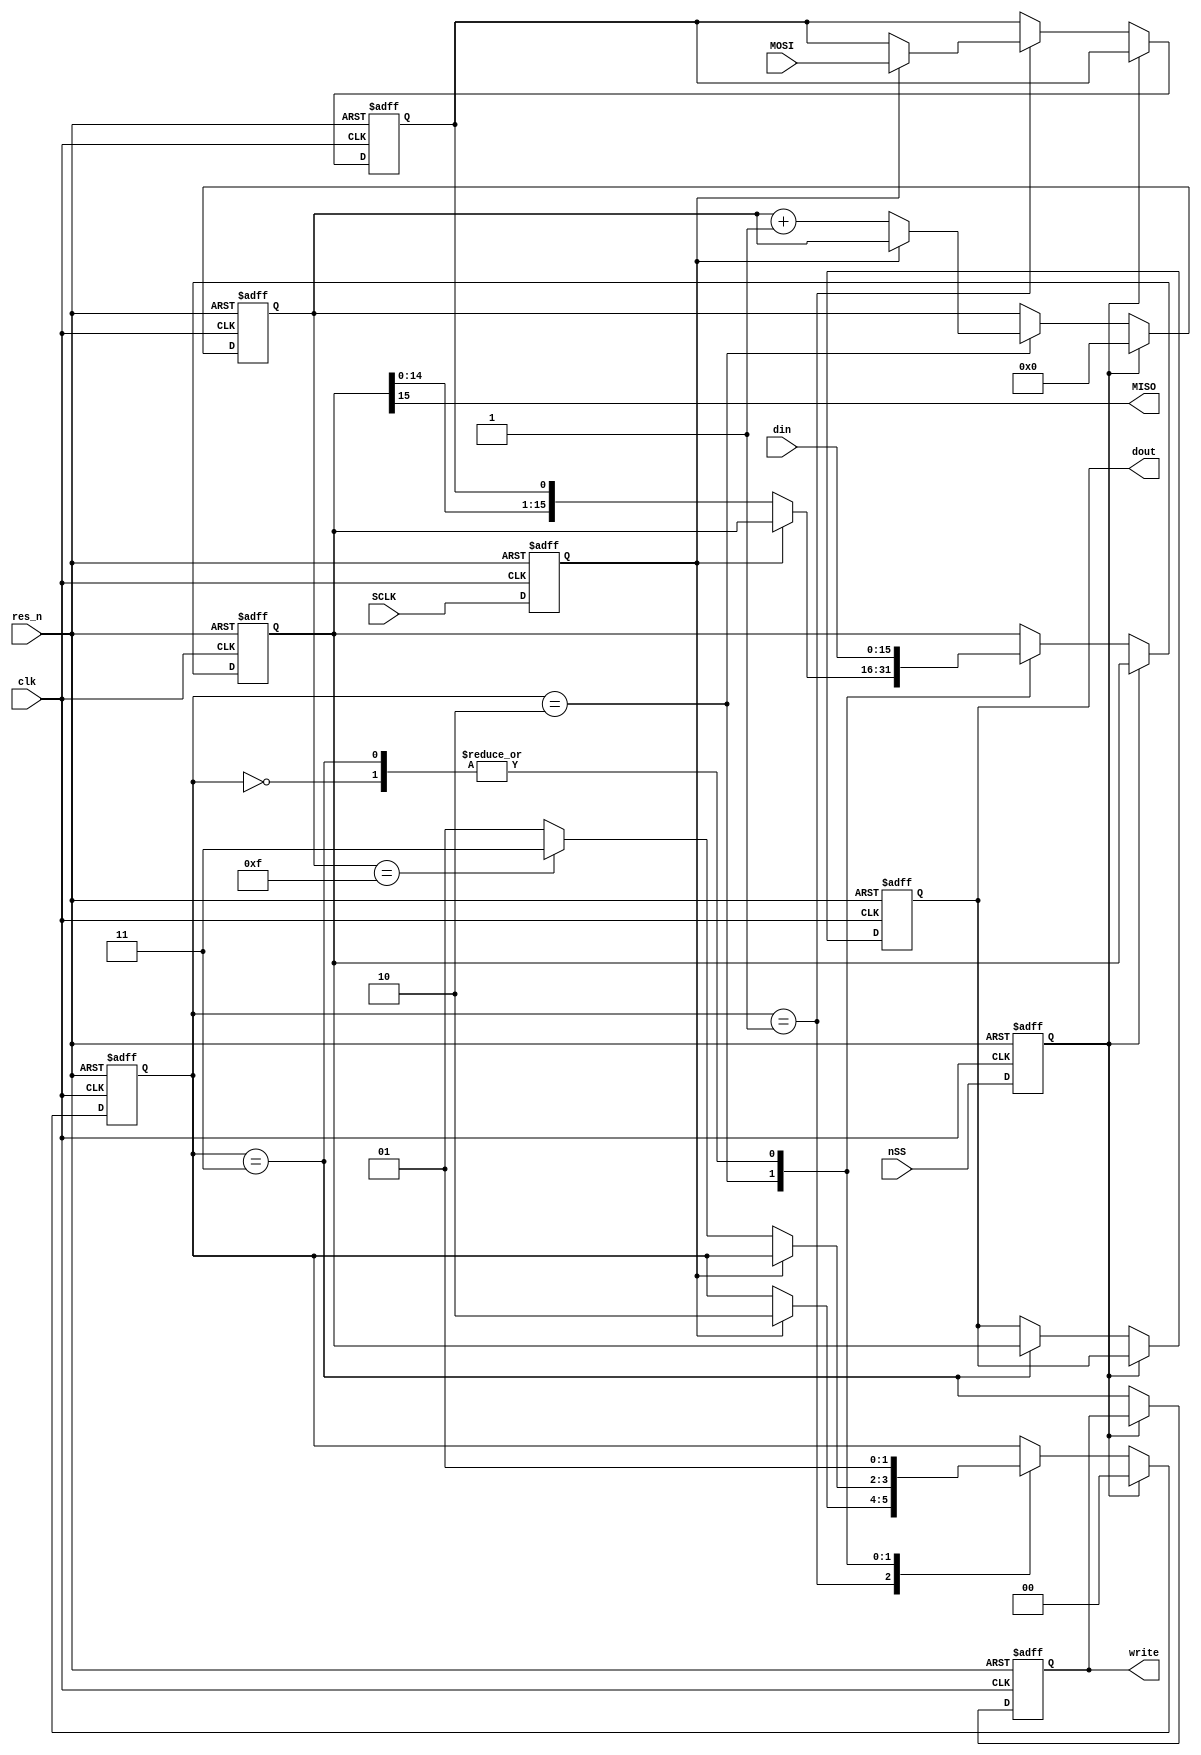
// spi16.v

`timescale 1ns/1ps


module spi16
(
	input clk,
	input res_n,
	
	input  nSS,
	input  SCLK,
	input  MOSI,
	output MISO,

	output reg write,
	input  [15:0]din,
	output reg [15:0]dout
);

	reg [1:0]state; // 0 = wait for nSS; 1 = wait for sample; 2 = wait for shift; 3 = write
	reg [3:0]bitcnt; // Bit counter (bit 3 = byte count
	reg [15:0]shreg; //  MISO <- shreg <- mosi_sample <- MOSI
	reg mosi_sample;
	reg nss1;
	reg sclk1;
	
	assign MISO = shreg[15];

	always @(posedge clk or negedge res_n)
	begin
		if (!res_n)
		begin
			state <= 2'd0;
			bitcnt <= 4'd0;
			shreg <= 16'd0;
			mosi_sample <= 1'd0;
			nss1  <= 1'd0;
			sclk1 <= 1'd0;
			write <= 1'd0;
			dout  <= 16'd0;
		end
		else
		begin
			nss1  <= nSS;
			sclk1 <= SCLK;
			if (nss1)
			begin
				state <= 2'd0;
				bitcnt <= 4'd0;
			end
			else
			begin // CPOL = 0; CPHA = 0
				case (state)
					2'd0: // falling nSS edge: load data
						begin
							shreg <= din;
							state <= 2'd1;
						end
					2'd1: // rising SCLK edge: sample
						if (sclk1)
						begin
							mosi_sample <= MOSI;
							state <= 2'd2;
						end
					2'd2: // falling SCLK: shift
						if (!sclk1)
						begin
							shreg <=  {shreg[14:0], mosi_sample};
							bitcnt <= bitcnt + 4'd1;
							state <= (bitcnt == 4'd15)? 2'd3 : 2'd1;
						end
					2'd3: // write
						begin
							shreg <= din;
							dout <= shreg;
							state <= 2'b1;
						end
				endcase
				write <= (state == 2'd3);
			end
		end
	end

endmodule